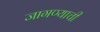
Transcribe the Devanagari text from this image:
जागण्याची